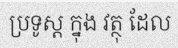
ប្រទូស្ត ក្នុង វត្ថុ ដែល